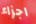
اجزاء